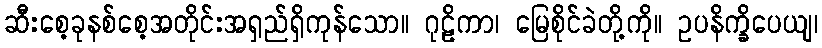
ဆီးစေ့ခုနစ်စေ့အတိုင်းအရှည်ရှိကုန်သော။ ဂုဠိကာ၊ မြေစိုင်ခဲတို့ကို။ ဥပနိက္ခိပေယျ၊